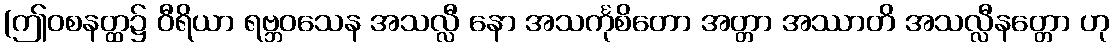
(ဤဝစနတ္ထ၌ ဝီရိယာ ရဗ္ဘဝသေန အသလ္လီ နော အသင်္ကုစိတော အတ္တာ အဿာတိ အသလ္လီနတ္တော ဟု